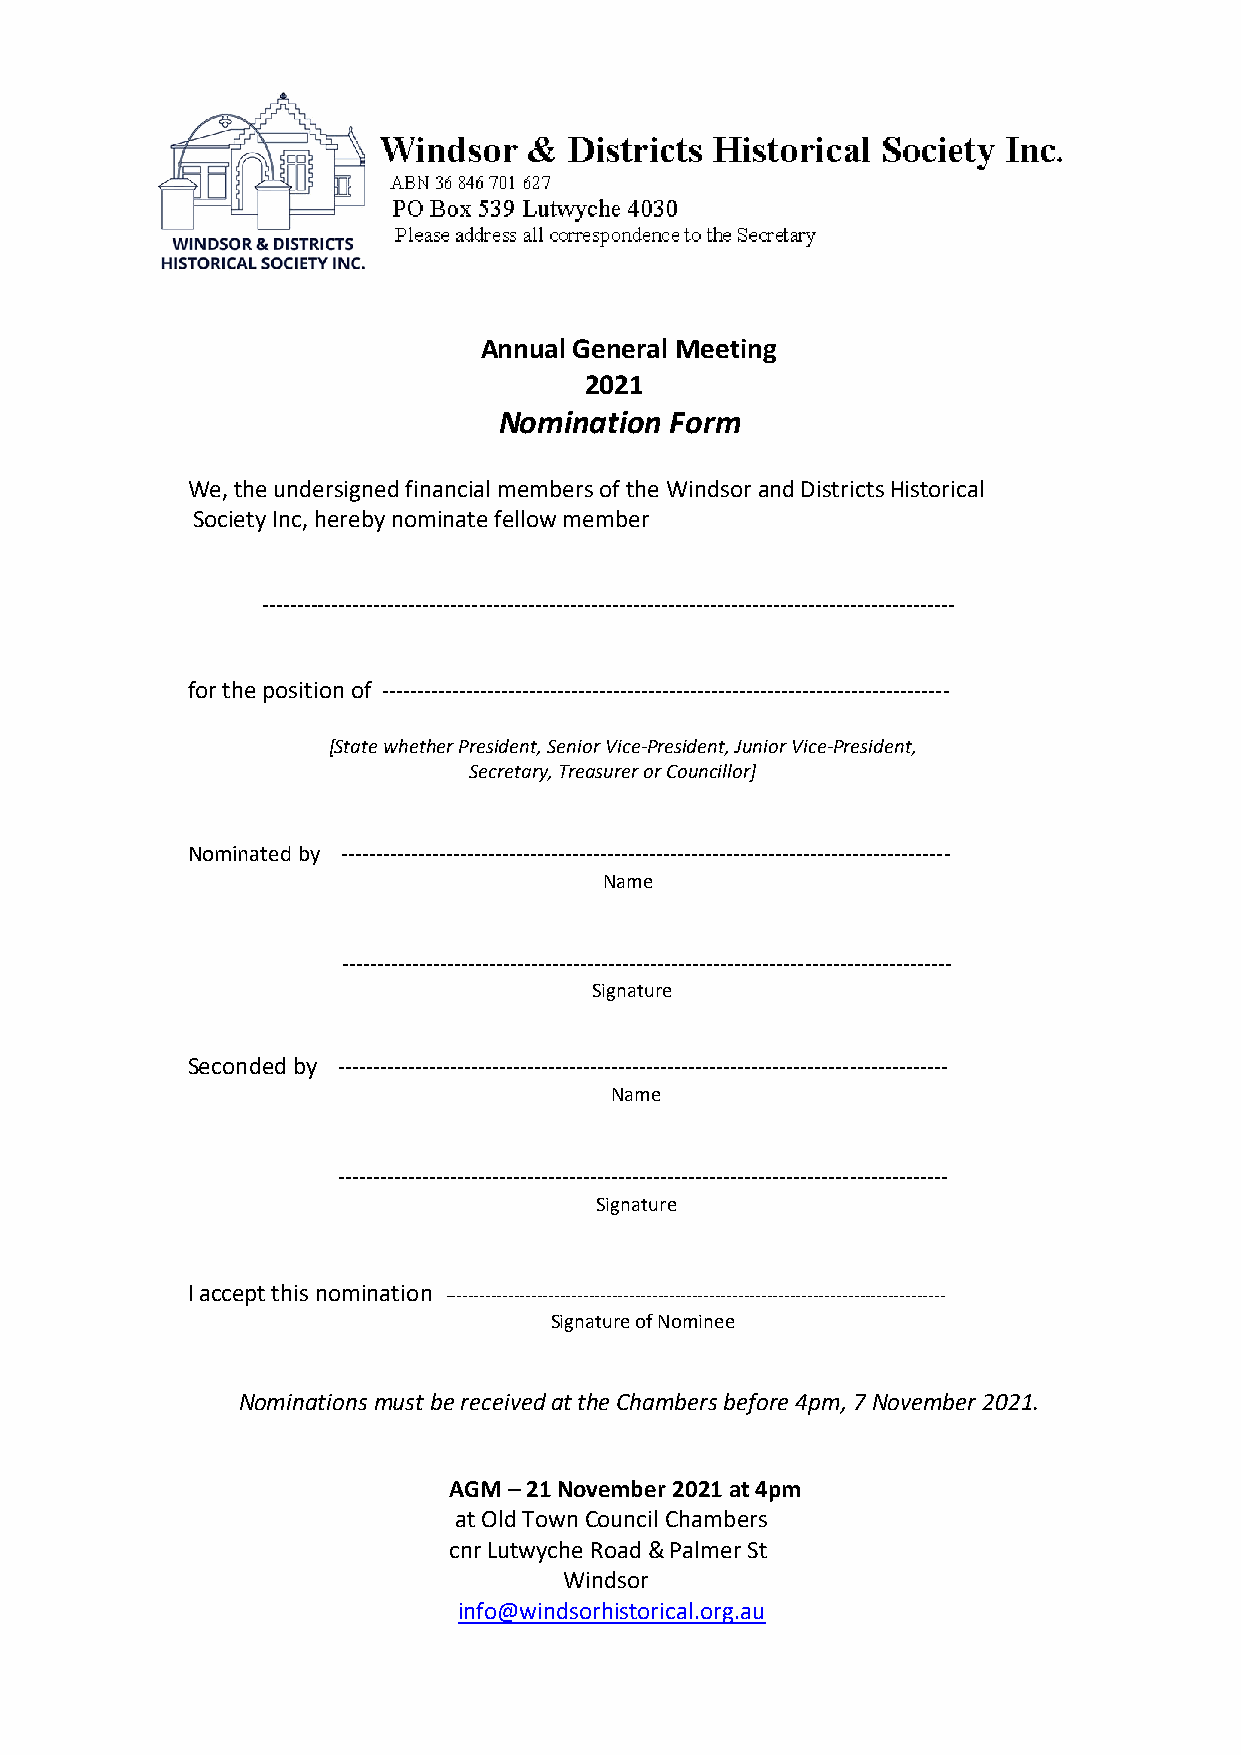
Annual General Meeting
 2021
 Nomination Form
 We, the undersigned financial members of the Windsor and Districts Historical
 Society Inc, hereby nominate fellow member
 ---------------------------------------------------------------------------------------------------
 for the position of ---------------------------------------------------------------------------------
 [State whether President, Senior Vice-President, Junior Vice-President,
 Secretary, Treasurer or Councillor]
 Nominated by ---------------------------------------------------------------------------------------
 Name
 ---------------------------------------------------------------------------------------
 Signature
 Seconded by ---------------------------------------------------------------------------------------
 Name
 ---------------------------------------------------------------------------------------
 Signature
 I accept this nomination ---------------------------------------------------------------------------------------
 Signature of Nominee
 Nominations must be received at the Chambers before 4pm, 7 November 2021.
 AGM – 21 November 2021 at 4pm
 at Old Town Council Chambers
 cnr Lutwyche Road & Palmer St
 Windsor
 info@windsorhistorical.org.au